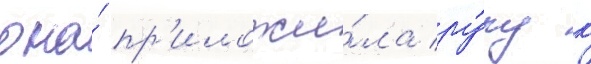
она́ пр'иложи́ла ру́ку к